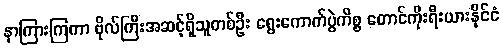
နာကြားကြကာ ဗိုလ်ကြီးအဆင့်ရှိသူတစ်ဦး ရွေးကောက်ပွဲကိစ္စ တောင်ကိုးရီးယားနိုင်ငံ